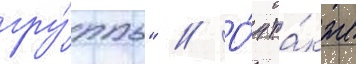
гру́ппы" // О́н та́кже